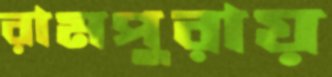
রামপুরায়